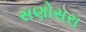
સણોસરા